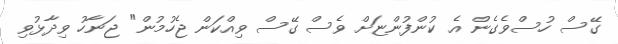
ގޭސް ހުސްވެގެން އެ ކުންފުންޏަށް ވެސް ގޭސް ވިއްކަން ޖެހުމުން" ޖަނާހު ވިދާޅުވި